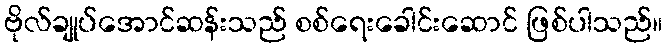
ဗိုလ်ချုပ်အောင်ဆန်းသည် စစ်ရေးခေါင်းဆောင် ဖြစ်ပါသည်။